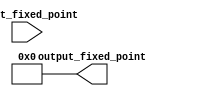
module fixed_point_converter (
    input [N-1:0] input_fixed_point,
    output reg [M-1:0] output_fixed_point
);

parameter N = 16; // number of bits in input fixed-point format
parameter M = 8; // number of bits in output fixed-point format

reg [N-1:0] input_integer;
reg [N-1:0] input_fractional;
reg [M-1:0] output_integer;
reg [M-1:0] output_fractional;

// Determine number of integer and fractional bits in input format
assign input_integer = input_fixed_point[N-1:N/2]; // assuming N is even
assign input_fractional = input_fixed_point[N/2-1:0];

// Determine scaling factor
parameter scaling_factor = 2 ** (M-N);

// Perform conversion
always @* begin
    // Perform integer conversion
    output_integer = input_integer * scaling_factor;

    // Perform fractional conversion
    output_fractional = input_fractional >> (N-M); // shift right to align with output format
    
    // Combine integer and fractional parts
    output_fixed_point = {output_integer, output_fractional};
end

endmodule